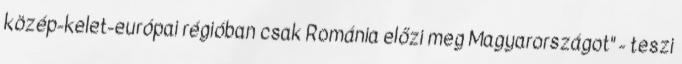
közép-kelet-európai régióban csak Románia előzi meg Magyarországot" - teszi